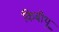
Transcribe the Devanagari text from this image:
किबीथू